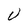
Character: U